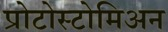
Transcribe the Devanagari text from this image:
प्रोटोस्टोमिअन